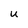
Character: u